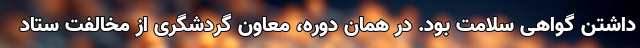
داشتن گواهی سلامت بود. در همان دوره، معاون گردشگری از مخالفت ستاد